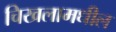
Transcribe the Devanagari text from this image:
चिखलामधील